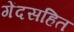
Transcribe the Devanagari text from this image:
गेंदसहित